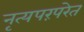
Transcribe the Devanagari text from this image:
नृत्यपरंपरेत